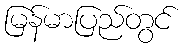
မြန်မာပြည်တွင်